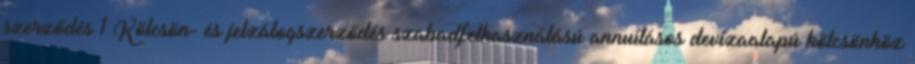
szerződés 1 Kölcsön- és jelzálogszerződés szabadfelhasználású annuitásos devizaalapú kölcsönhöz